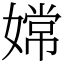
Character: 嫦